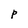
Character: P